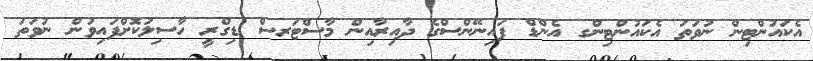
އެކައުންޓިން ނުވަތަ އެކައުންޓިންގ އެންޑް ފައިނޭންސްގެ ދާއިރާއިން މާސްޓަރސް ޑިގްރީ ހާސިލުކޮށްފައިވުން ނުވަތަ